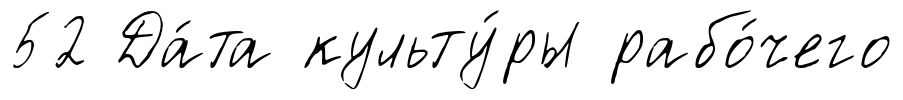
52 Да́та культу́ры рабо́чего